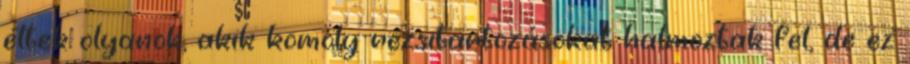
éltek olyanok, akik komoly rezsitartozásokat halmoztak fel, de ez